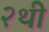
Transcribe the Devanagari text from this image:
२थी